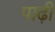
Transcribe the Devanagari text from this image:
पाढ़ी